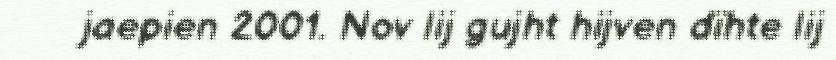
jaepien 2001. Nov lij gujht hijven dïhte lij